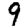
Digit: 9